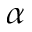
\alpha